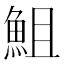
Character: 䱉